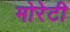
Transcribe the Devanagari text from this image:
मोरेटी